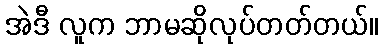
အဲဒီ လူက ဘာမဆိုလုပ်တတ်တယ်။